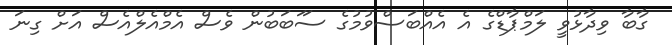
ގާބާ ވިދާޅުވީ ލަމްޕާޑްގެ އެ އެއްބަސްވުމުގެ ސަަބަބުން ވެސް އެމްއެލްއެސް އަށް ގިނަ